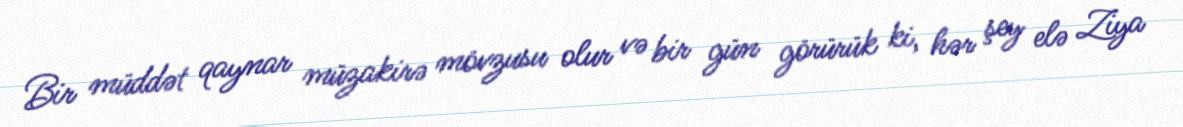
Bir müddət qaynar müzakirə mövzusu olur və bir gün görürük ki, hər şey elə Ziya